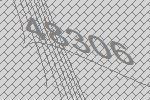
48306